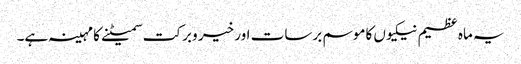
یہ ماہ عظیم نیکیوں کاموسم برسات اور خیر وبرکت سمیٹنے کا مہینہ ہے۔